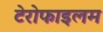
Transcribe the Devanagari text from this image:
टेरोफाइलम